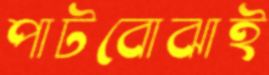
পাটবোঝাই